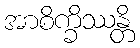
အာစိက္ခိဿန္တိ